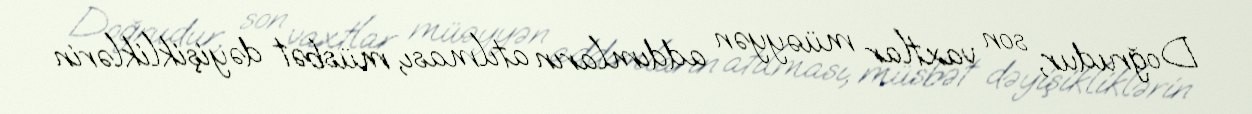
Doğrudur, son vaxtlar müəyyən addımların atılması, müsbət dəyişikliklərin